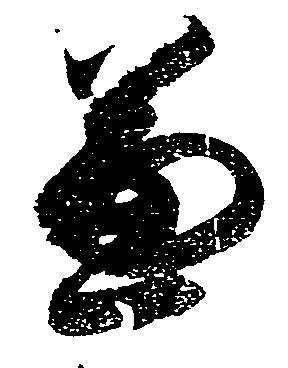
兼